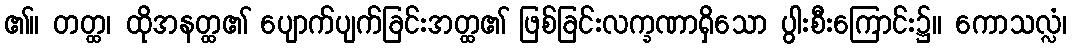
၏။ တတ္ထ၊ ထိုအနတ္ထ၏ ပျောက်ပျက်ခြင်းအတ္ထ၏ ဖြစ်ခြင်းလက္ခဏာရှိသော ပွါးစီးကြောင်း၌။ ကောသလ္လံ၊